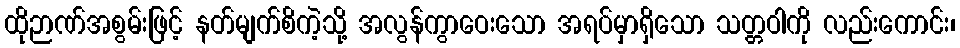
ထိုဉာဏ်အစွမ်းဖြင့် နတ်မျက်စိကဲ့သို့ အလွန်ကွာဝေးသော အရပ်မှာရှိသော သတ္တဝါကို လည်းကောင်း၊